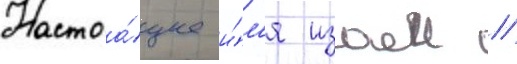
Настоа́щее и́м'я изаеи //